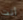
أنت